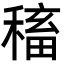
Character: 稸